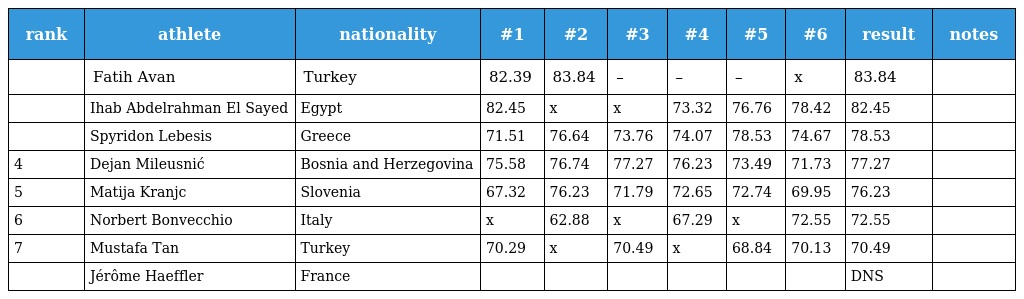
| rank | athlete | nationality | #1 | #2 | #3 | #4 | #5 | #6 | result | notes |
 | --- | --- | --- | --- | --- | --- | --- | --- | --- | --- | --- |
 |  | Fatih Avan | Turkey | 82.39 | 83.84 | – | – | – | x | 83.84 |  |
 |  | Ihab Abdelrahman El Sayed | Egypt | 82.45 | x | x | 73.32 | 76.76 | 78.42 | 82.45 |  |
 |  | Spyridon Lebesis | Greece | 71.51 | 76.64 | 73.76 | 74.07 | 78.53 | 74.67 | 78.53 |  |
 | 4 | Dejan Mileusnić | Bosnia and Herzegovina | 75.58 | 76.74 | 77.27 | 76.23 | 73.49 | 71.73 | 77.27 |  |
 | 5 | Matija Kranjc | Slovenia | 67.32 | 76.23 | 71.79 | 72.65 | 72.74 | 69.95 | 76.23 |  |
 | 6 | Norbert Bonvecchio | Italy | x | 62.88 | x | 67.29 | x | 72.55 | 72.55 |  |
 | 7 | Mustafa Tan | Turkey | 70.29 | x | 70.49 | x | 68.84 | 70.13 | 70.49 |  |
 |  | Jérôme Haeffler | France |  |  |  |  |  |  | DNS |  |